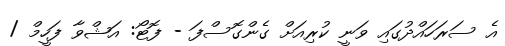
އެ ސަރަހައްދުގައި ވަނީ ކުރިއަށް ގެންގޮސްފަ - ފޮޓޯ: އަޝްވާ ފަހީމް /